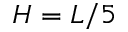
H = L / 5